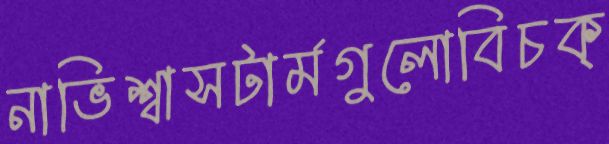
নাভিশ্বাসটার্মগুলোবিচক্